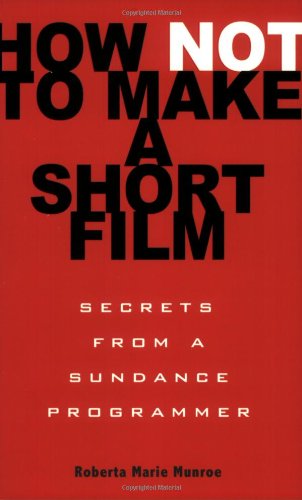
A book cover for How Not to Make a Short Film: Secrets from a Sundance Programmer; Roberta Marie Munroe; Humor & Entertainment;